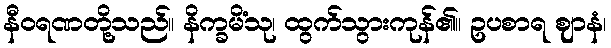
နီဝရဏတို့သည်။ နိက္ခမိံသု၊ ထွက်သွားကုန်၏။ ဥပစာရ ဈာနံ၊